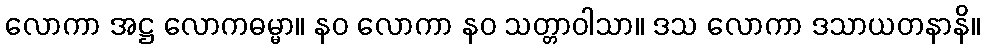
လောကာ အဋ္ဌ လောကဓမ္မာ။ နဝ လောကာ နဝ သတ္တာဝါသာ။ ဒသ လောကာ ဒသာယတနာနိ။